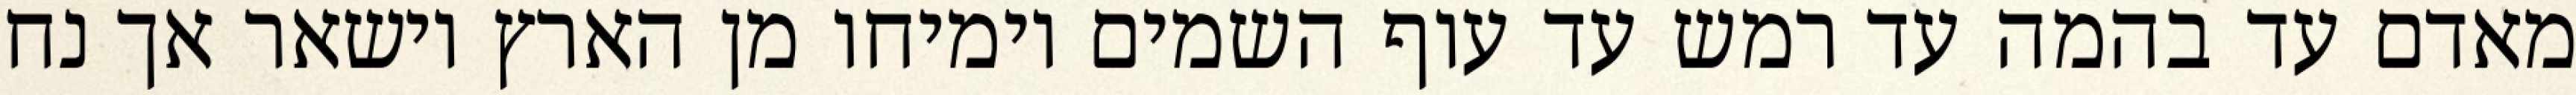
מאדם עד בהמה עד רמש עד עוף השמים וימיחו מן הארץ וישאר אך נח